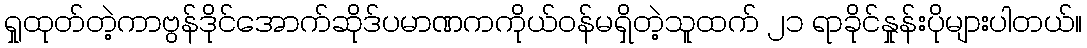
ရှုထုတ်တဲ့ကာဗွန်ဒိုင်အောက်ဆိုဒ်ပမာဏကကိုယ်ဝန်မရှိတဲ့သူထက် ၂၁ ရာခိုင်နှုန်းပိုများပါတယ်။